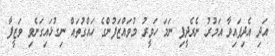
އަދި އެދިފައިވާ އަމުރު ނެރެދީފި ނަމަ ހަވީރު މުވައްޒަފުންގެ ހައްގުތައް ނިގުޅައިގަނެވި ވަޒީފާ